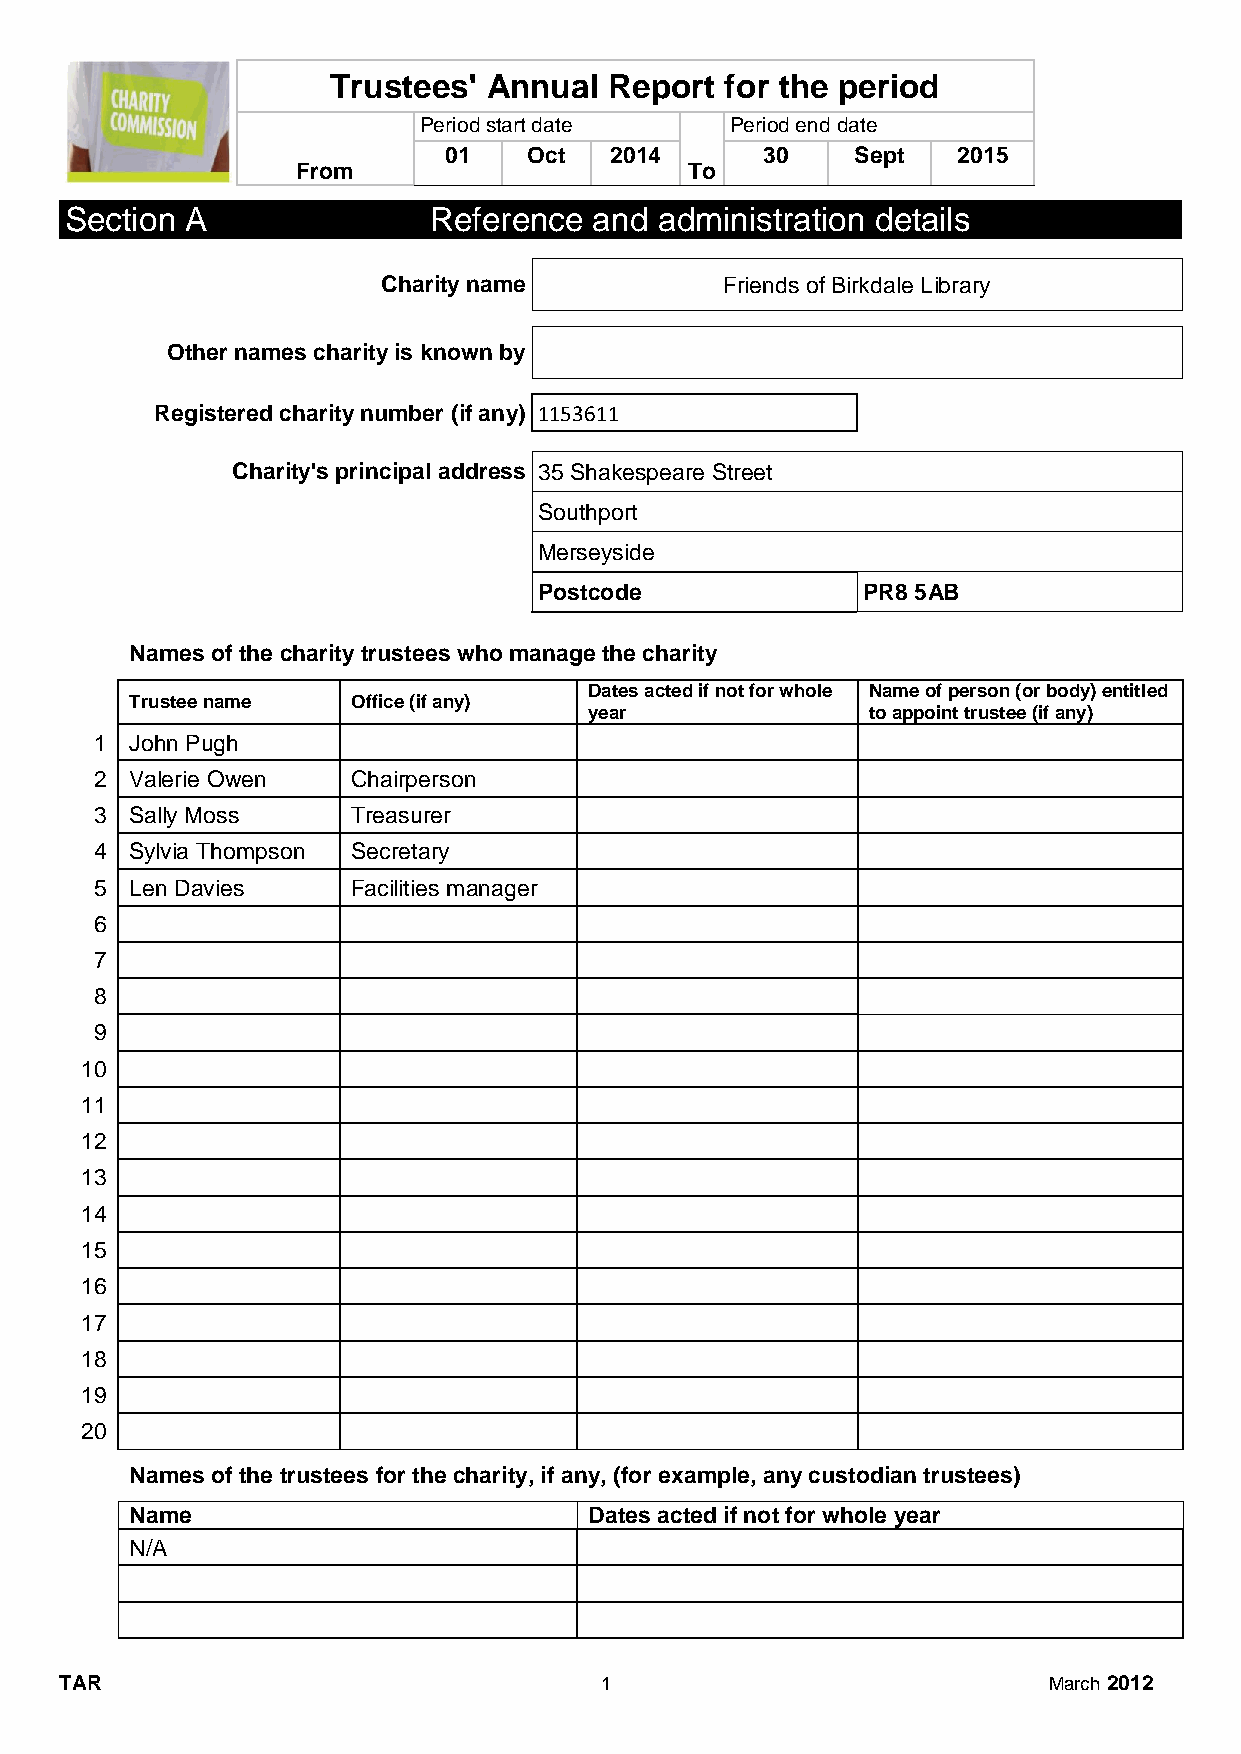
Trustees' Annual  Report  for the period
 Period start date   Period end date
 01    Oct  2014       30    Sept  2015
 From                      To
 Section A               Reference  and  administration details
 Charity name           Friends of Birkdale Library
 Other names charity is known by
 Registered charity number (if any) 1153611
 Charity's principal address 35 Shakespeare Street
 Southport
 Merseyside
 Postcode             PR8 5AB
 Names of the charity trustees who manage the charity
 Dates acted if not for whole Name of person (or body) entitled
 Trustee name  Office (if any)
 year              to appoint trustee (if any)
 1  John Pugh
 2  Valerie Owen  Chairperson
 3  Sally Moss    Treasurer
 4  Sylvia Thompson Secretary
 5  Len Davies    Facilities manager
 6
 7
 8
 9
 10
 11
 12
 13
 14
 15
 16
 17
 18
 19
 20
 Names of the trustees for the charity, if any, (for example, any custodian trustees)
 Name                          Dates acted if not for whole year
 N/A
 TAR                                 1                            March 2012